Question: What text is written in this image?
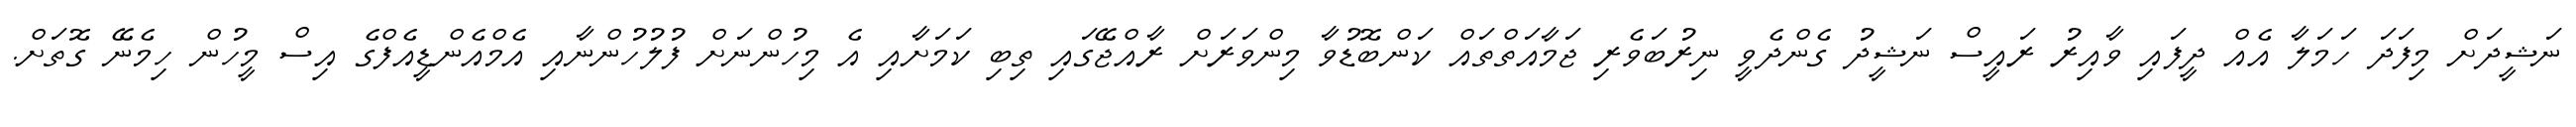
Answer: ނަޝީދަށް މިފަދަ ހަމަލާ އެއް ދީފައި ވާއިރު ރައީސް ނަޝީދު ގެންދެވީ ނިރުބަވެރި ޖަމާއަތްތައް ކަންބޮޑުވާ މިންވަރަށް ރާއްޖޭގައި ތިބި ކަމަށާއި އެ މިހުންނަށް ފުލުހުންނާއި އެމްއެންޑީއެފްގެ އިސް މީހުން ހިމެނޭ ގޮތަށް.